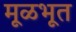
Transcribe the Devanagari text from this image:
मूळभूत